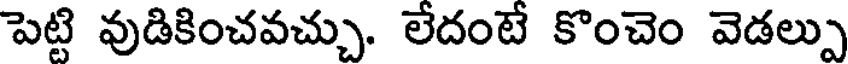
పెట్టి వుడికించవచ్చు. లేదంటే కొంచెం వెడల్పు